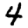
Digit: 4